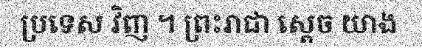
ប្រទេស វិញ ។ ព្រះរាជា ស្តេច យាង